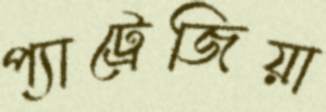
প্যাট্রেজিয়া